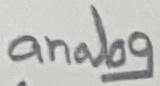
Text: analog